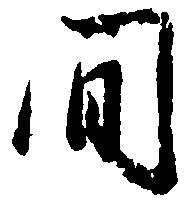
間